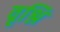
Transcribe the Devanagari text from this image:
वृश्नि